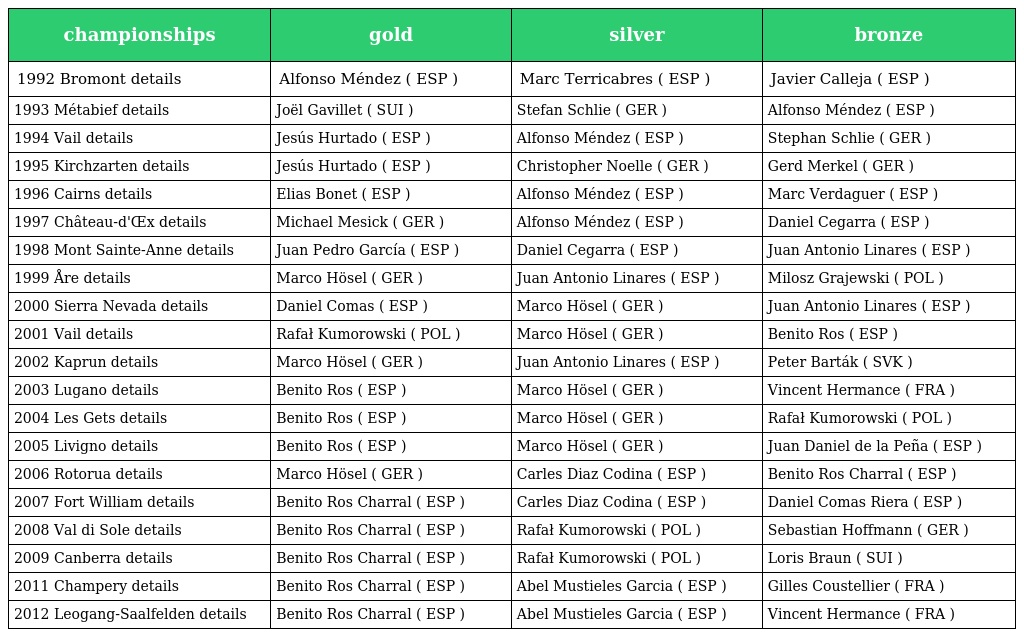
| championships | gold | silver | bronze |
 | --- | --- | --- | --- |
 | 1992 Bromont details | Alfonso Méndez ( ESP ) | Marc Terricabres ( ESP ) | Javier Calleja ( ESP ) |
 | 1993 Métabief details | Joël Gavillet ( SUI ) | Stefan Schlie ( GER ) | Alfonso Méndez ( ESP ) |
 | 1994 Vail details | Jesús Hurtado ( ESP ) | Alfonso Méndez ( ESP ) | Stephan Schlie ( GER ) |
 | 1995 Kirchzarten details | Jesús Hurtado ( ESP ) | Christopher Noelle ( GER ) | Gerd Merkel ( GER ) |
 | 1996 Cairns details | Elias Bonet ( ESP ) | Alfonso Méndez ( ESP ) | Marc Verdaguer ( ESP ) |
 | 1997 Château-d'Œx details | Michael Mesick ( GER ) | Alfonso Méndez ( ESP ) | Daniel Cegarra ( ESP ) |
 | 1998 Mont Sainte-Anne details | Juan Pedro García ( ESP ) | Daniel Cegarra ( ESP ) | Juan Antonio Linares ( ESP ) |
 | 1999 Åre details | Marco Hösel ( GER ) | Juan Antonio Linares ( ESP ) | Milosz Grajewski ( POL ) |
 | 2000 Sierra Nevada details | Daniel Comas ( ESP ) | Marco Hösel ( GER ) | Juan Antonio Linares ( ESP ) |
 | 2001 Vail details | Rafał Kumorowski ( POL ) | Marco Hösel ( GER ) | Benito Ros ( ESP ) |
 | 2002 Kaprun details | Marco Hösel ( GER ) | Juan Antonio Linares ( ESP ) | Peter Barták ( SVK ) |
 | 2003 Lugano details | Benito Ros ( ESP ) | Marco Hösel ( GER ) | Vincent Hermance ( FRA ) |
 | 2004 Les Gets details | Benito Ros ( ESP ) | Marco Hösel ( GER ) | Rafał Kumorowski ( POL ) |
 | 2005 Livigno details | Benito Ros ( ESP ) | Marco Hösel ( GER ) | Juan Daniel de la Peña ( ESP ) |
 | 2006 Rotorua details | Marco Hösel ( GER ) | Carles Diaz Codina ( ESP ) | Benito Ros Charral ( ESP ) |
 | 2007 Fort William details | Benito Ros Charral ( ESP ) | Carles Diaz Codina ( ESP ) | Daniel Comas Riera ( ESP ) |
 | 2008 Val di Sole details | Benito Ros Charral ( ESP ) | Rafał Kumorowski ( POL ) | Sebastian Hoffmann ( GER ) |
 | 2009 Canberra details | Benito Ros Charral ( ESP ) | Rafał Kumorowski ( POL ) | Loris Braun ( SUI ) |
 | 2011 Champery details | Benito Ros Charral ( ESP ) | Abel Mustieles Garcia ( ESP ) | Gilles Coustellier ( FRA ) |
 | 2012 Leogang-Saalfelden details | Benito Ros Charral ( ESP ) | Abel Mustieles Garcia ( ESP ) | Vincent Hermance ( FRA ) |